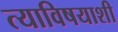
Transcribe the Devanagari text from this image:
त्याविषयाशी